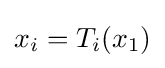
x_{i}=T_{i}(x_{1})